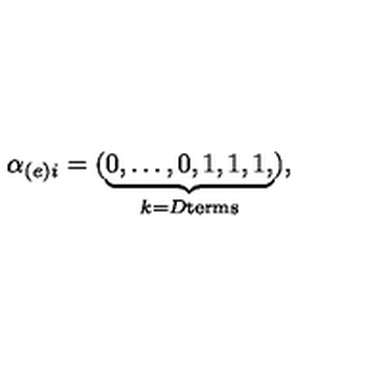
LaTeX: \alpha _ { ( e ) i } = ( \underbrace { 0 , \dots , 0 , 1 , 1 , 1 , } _ { k = D \mathrm { t e r m s } } ) ,